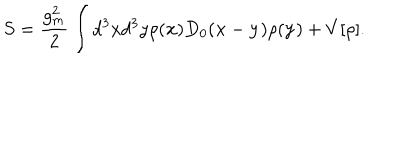
LaTeX: S = \frac { g _ { m } ^ { 2 } } { 2 } \int d ^ { 3 } x d ^ { 3 } y \rho ( { \bf x } ) D _ { 0 } ( { \bf x } - { \bf y } ) \rho ( { \bf y } ) + V [ \rho ] .